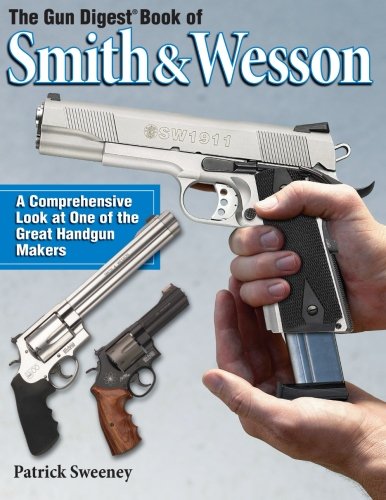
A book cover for The Gun Digest Book of Smith & Wesson; Patrick Sweeney; Crafts, Hobbies & Home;